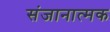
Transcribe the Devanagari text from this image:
संजानात्मक